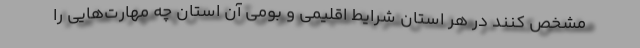
مشخص کنند در هر استان شرایط اقلیمی و بومی آن استان چه مهارت‌هایی را